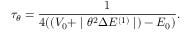
\tau _ { \theta } = \frac { 1 } { 4 ( ( V _ { 0 } + \mid \theta ^ { 2 } \Delta E ^ { ( 1 ) } \mid ) - E _ { 0 } ) } .